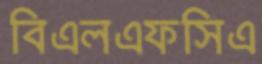
বিএলএফসিএ